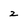
Character: z